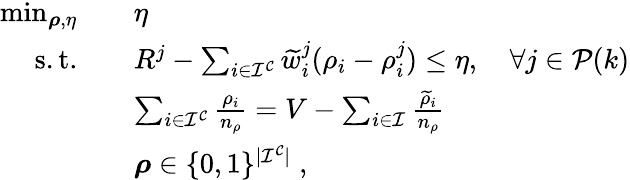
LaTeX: \begin{array}{rl}{\operatorname*{min}_{\boldsymbol{\rho},\eta}}&{\quad\eta}\\ {\mathrm{s.t.}}&{\quad R^{j}-\sum_{i\in\mathcal{I^{C}}}\widetilde{w}_{i}^{j}(\rho_{i}-\rho_{i}^{j})\leq\eta,\quad\forall j\in\mathcal{P}(k)}\\ &{\quad\sum_{i\in\mathcal{I^{C}}}\frac{\rho_{i}}{n_{\rho}}=V-\sum_{i\in\mathcal{I}}\frac{\widetilde{\rho}_{i}}{n_{\rho}}}\\ &{\quad\boldsymbol{\rho}\in\{ 0,1\} ^{|\mathcal{I^{C}}|}\; ,}\end{array}